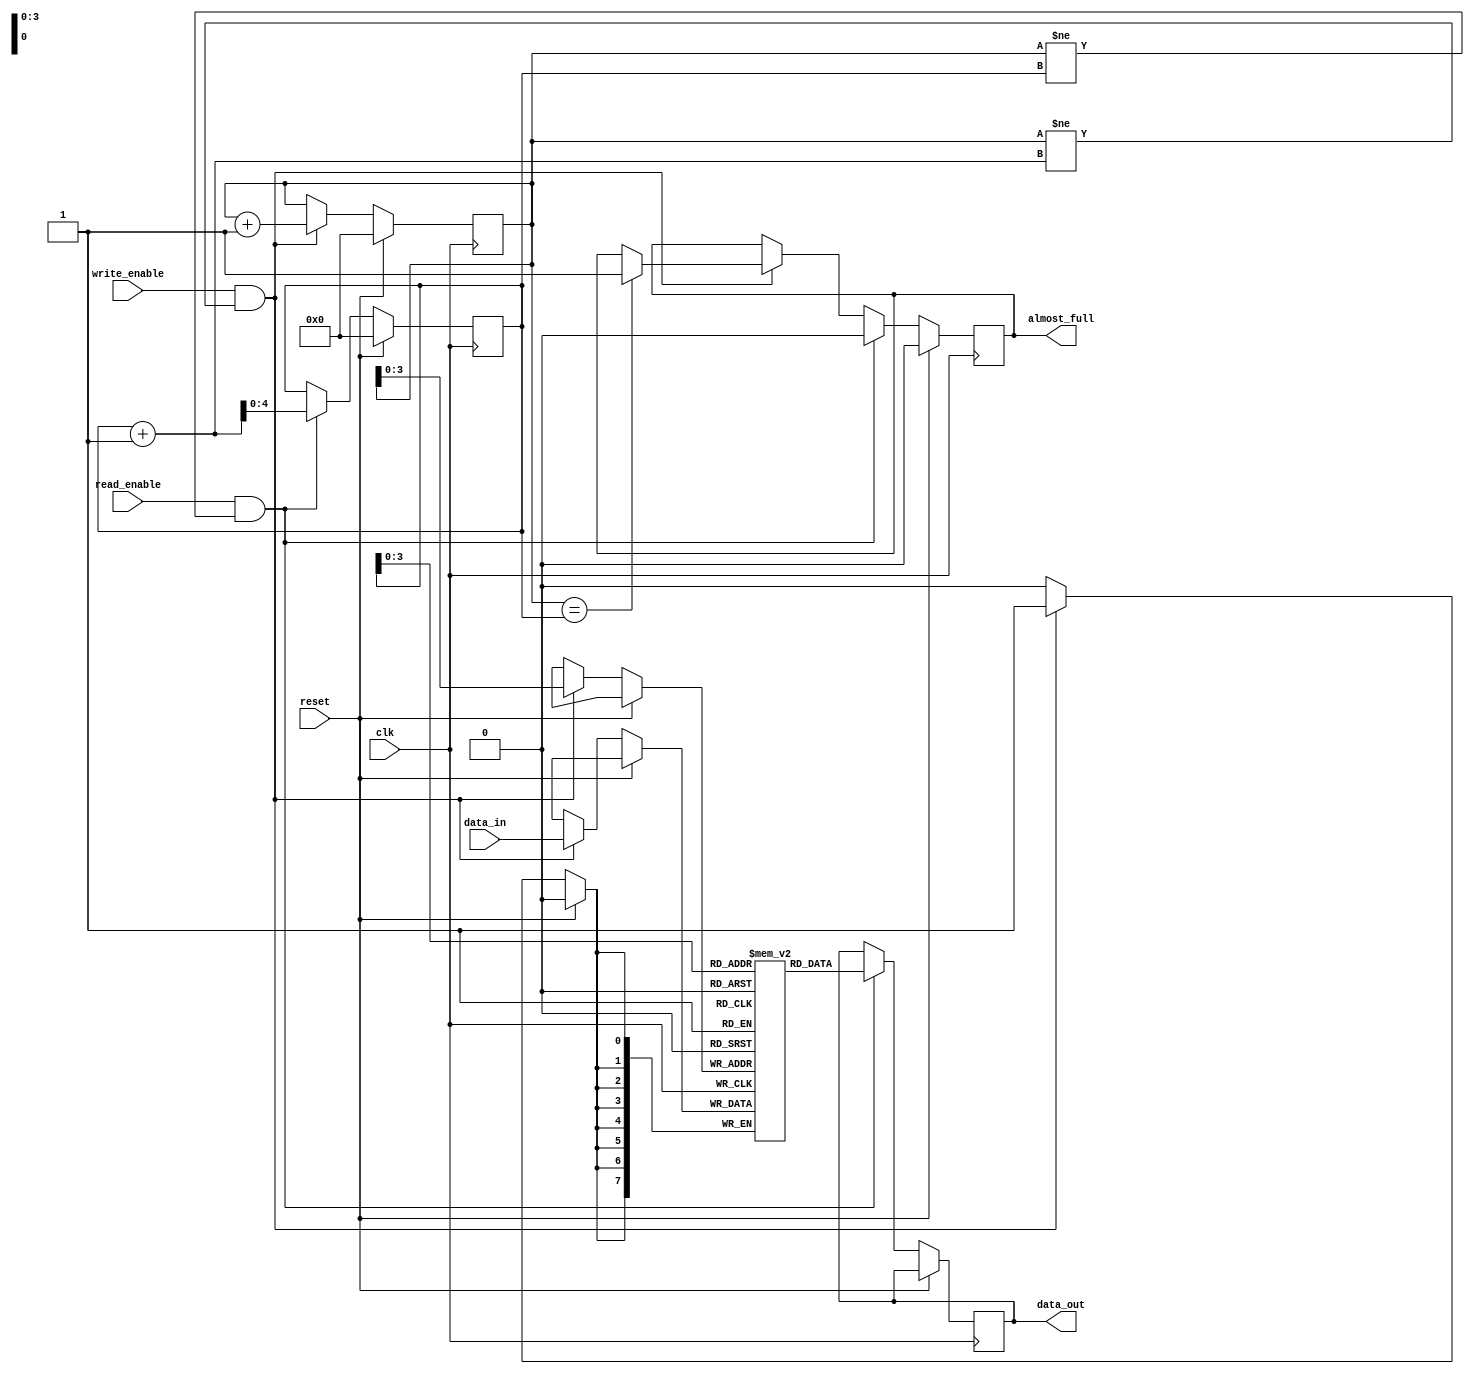
module AlmostFullFIFO(
    input wire clk,
    input wire reset,
    input wire [DATA_WIDTH-1:0] data_in,
    input wire write_enable,
    output reg almost_full,
    input wire read_enable,
    output reg [DATA_WIDTH-1:0] data_out
);

parameter DEPTH = 16;
parameter DATA_WIDTH = 8;

reg [DATA_WIDTH-1:0] fifo [0:DEPTH-1];
reg [4:0] head = 5'b00000;
reg [4:0] tail = 5'b00000;

always @(posedge clk) begin
    if(reset) begin
        head <= 5'b00000;
        tail <= 5'b00000;
        almost_full <= 1'b0;
    end else begin
        if(write_enable && head != tail+1) begin
            fifo[head] <= data_in;
            head <= head + 1;
            if(head == tail) begin
                almost_full <= 1'b1;
            end
        end
        
        if(read_enable && head != tail) begin
            data_out <= fifo[tail];
            tail <= tail + 1;
            almost_full <= 1'b0;
        end
    end
end

endmodule